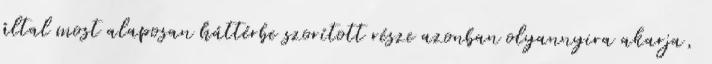
által most alaposan háttérbe szorított része azonban olyannyira akarja,